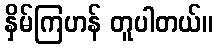
နှိမ်ကြဟန် တူပါတယ်။